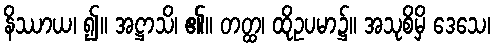
နိဿာယ၊ ၍။ အဋ္ဌာသိ၊ ၏။ တတ္ထ၊ ထိုဥပမာ၌။ အသုစိမှိ ဒေသေ၊